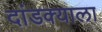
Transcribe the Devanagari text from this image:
दांडक्याला